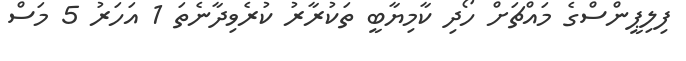
ފިލިޕީންސްގެ މައްޗަށް ހޯދި ކާމިޔާބީ ތަކުރާރު ކުރެވިދާނެތަ 1 އަހަރު 5 މަސް